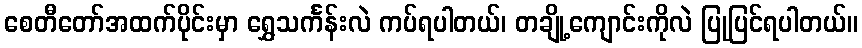
စေတီတော်အထက်ပိုင်းမှာ ရွှေသင်္ကန်းလဲ ကပ်ရပါတယ်၊ တချို့ကျောင်းကိုလဲ ပြုပြင်ရပါတယ်။